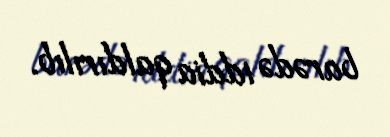
barədə iddia qaldırılıb.